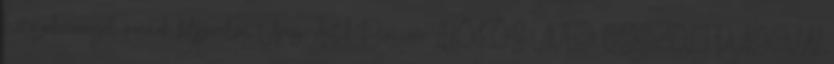
hűtőszekrénnyel vannak felszerelve. Üveg AntikPiac.com LIKÖRÖS ÜVEG CSISZOLT DUGÓVAL